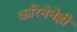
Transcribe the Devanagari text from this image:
करिनेनेही